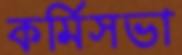
কর্মিসভা